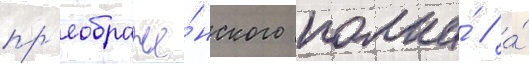
пр'еображе́нского полка́ / а́